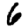
Digit: 6